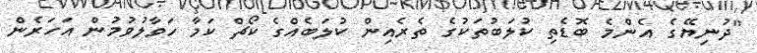
"ދުނިޔޭގެ އެންމެ ބޮޑެތި ކުލަބުތަކުގެ ތެރެއިން ކުލަބެއްގެ ކޯޗް ކަމާ ހަވާލުވުމުން އަހަރެން